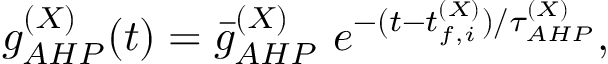
g _ { A H P } ^ { ( X ) } ( t ) = \bar { g } _ { A H P } ^ { ( X ) } ~ e ^ { - ( t - t _ { f , i } ^ { ( X ) } ) / \tau _ { A H P } ^ { ( X ) } } ,